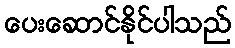
ပေးဆောင်နိုင်ပါသည်